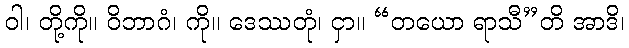
ဝါ၊ တို့ကို။ ဝိဘာဂံ၊ ကို။ ဒေဿတုံ၊ ငှာ။ “တယော ရာသီ”တိ အာဒိ၊